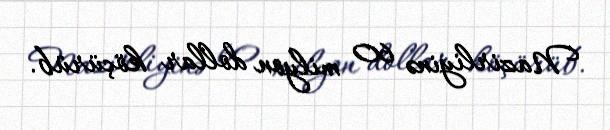
Nazirliyinə 60 milyon dollar köçürüb.